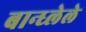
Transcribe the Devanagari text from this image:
बान्ध्लेले